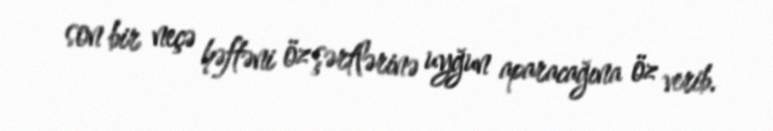
son bir neçə həftəni öz şərtlərinə uyğun aparacağına öz verib.